Leaving Certificate, 1901
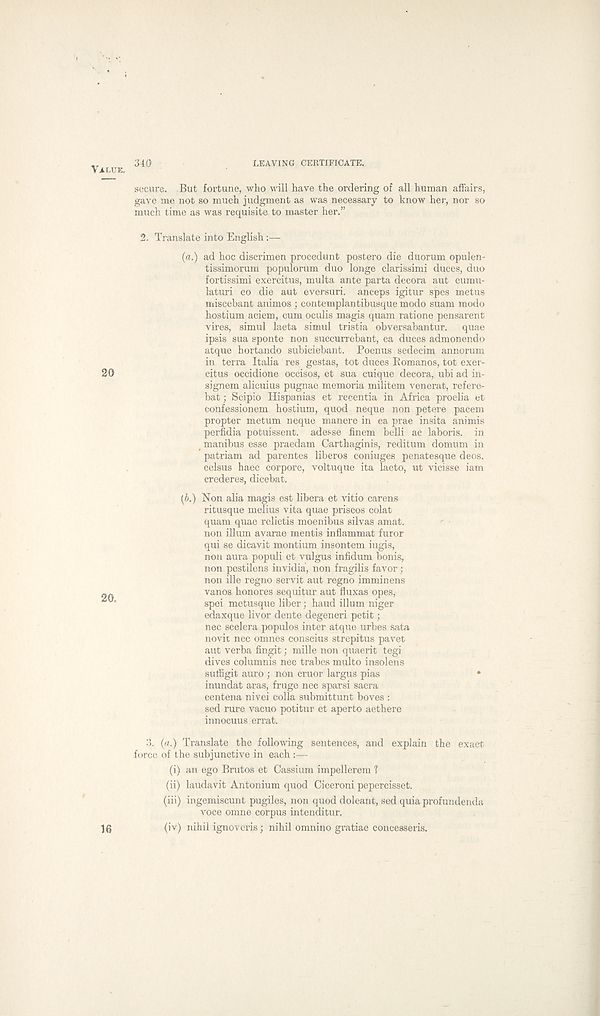
340
LEAVING CERTIFICATE.
secure. But fortune, who will have the ordering of all human affairs,
gave me not so much judgment as was necessary to know her, nor so
much time as was requisite to master her.”
2. Translate into English
(a.) ad hoc discrimen procedunt postero die duorum opulen-
tissimorum populorum duo longe clarissimi duces, duo
fortissimi exercitus, multa ante parta decora aut cumu-
laturi eo die aut eversuri. anceps igitur spes metus
miscebant animos ; contemplantibusque modo suam modo
hostium aciem, cum oculis magis quam ratione pensarent
vires, simul laeta simul tristia obversabantur. quae
ipsis sua sponte non succurrebant, ea duces admonendo
atque hortando subiciebant. Poenus sedecim annorum
in terra Italia res gestas, tot duces Bomanos, tot exer-
citus occidione occisos, et sua cuique decora, ubi ad in-
signem alicuius pugnae memoria militem venerat, refere-
bat; Scipio Hispanias et recentia in Africa proelia et
confessionem hostium, quod neque non petere pacem
propter metum neque manere in ea prae insita animis
perfidia potuissent. adesse finem belli ac laboris. in
manibus esse praedam Carthaginis, reditum domum in
patriam ad parentes liberos coniuges penatesque deos.
celsus haec corpore, voltuque ita laeto, ut vicisse iam
crederes, dicebat.
(b.) Non alia magis est libera et vitio carens
ritusque melius vita quae priscos colat
quam quae relictis moenibus silvas amat.
non ilium avarae mentis infiammat furor
qui se dicavit montium insontem iugis,
non aura populi et vulgus infidum bonis,
non pestilens invidia, non fragilis favor;
non ille regno servit aut regno imminens
vanos honores sequitur aut fluxas opes,
spei metusque liber; baud ilium niger
edaxque livor dente degeneri petit;
nec scelera populos inter atque urbes sata
novit nec omnes conscius strepitus pavet
aut verba fingit: mille non quaerit tegi
dives columnis nec trabes multo insolens
suffigit auro ; non cruor largus pias
•
inundat aras, fruge nec sparsi sacra
centena nivei colla submittunt boves :
sed rure vacuo potitur et aperto aethere
innocuus errat.
3. (a.) Translate the following sentences, and explain the exact
force of the subjunctive in each :—
(i) an ego Brutos et Cassium impellerem 1
(ii) laudavit Antonium quod Ciceroni pepercisset.
(iii) ingemiscunt pugiles, non quod doleant, sed quia profundenda
voce omne corpus intenditur.
(iv) nihil ignoveris; nihil omnino gratiae concesseris.